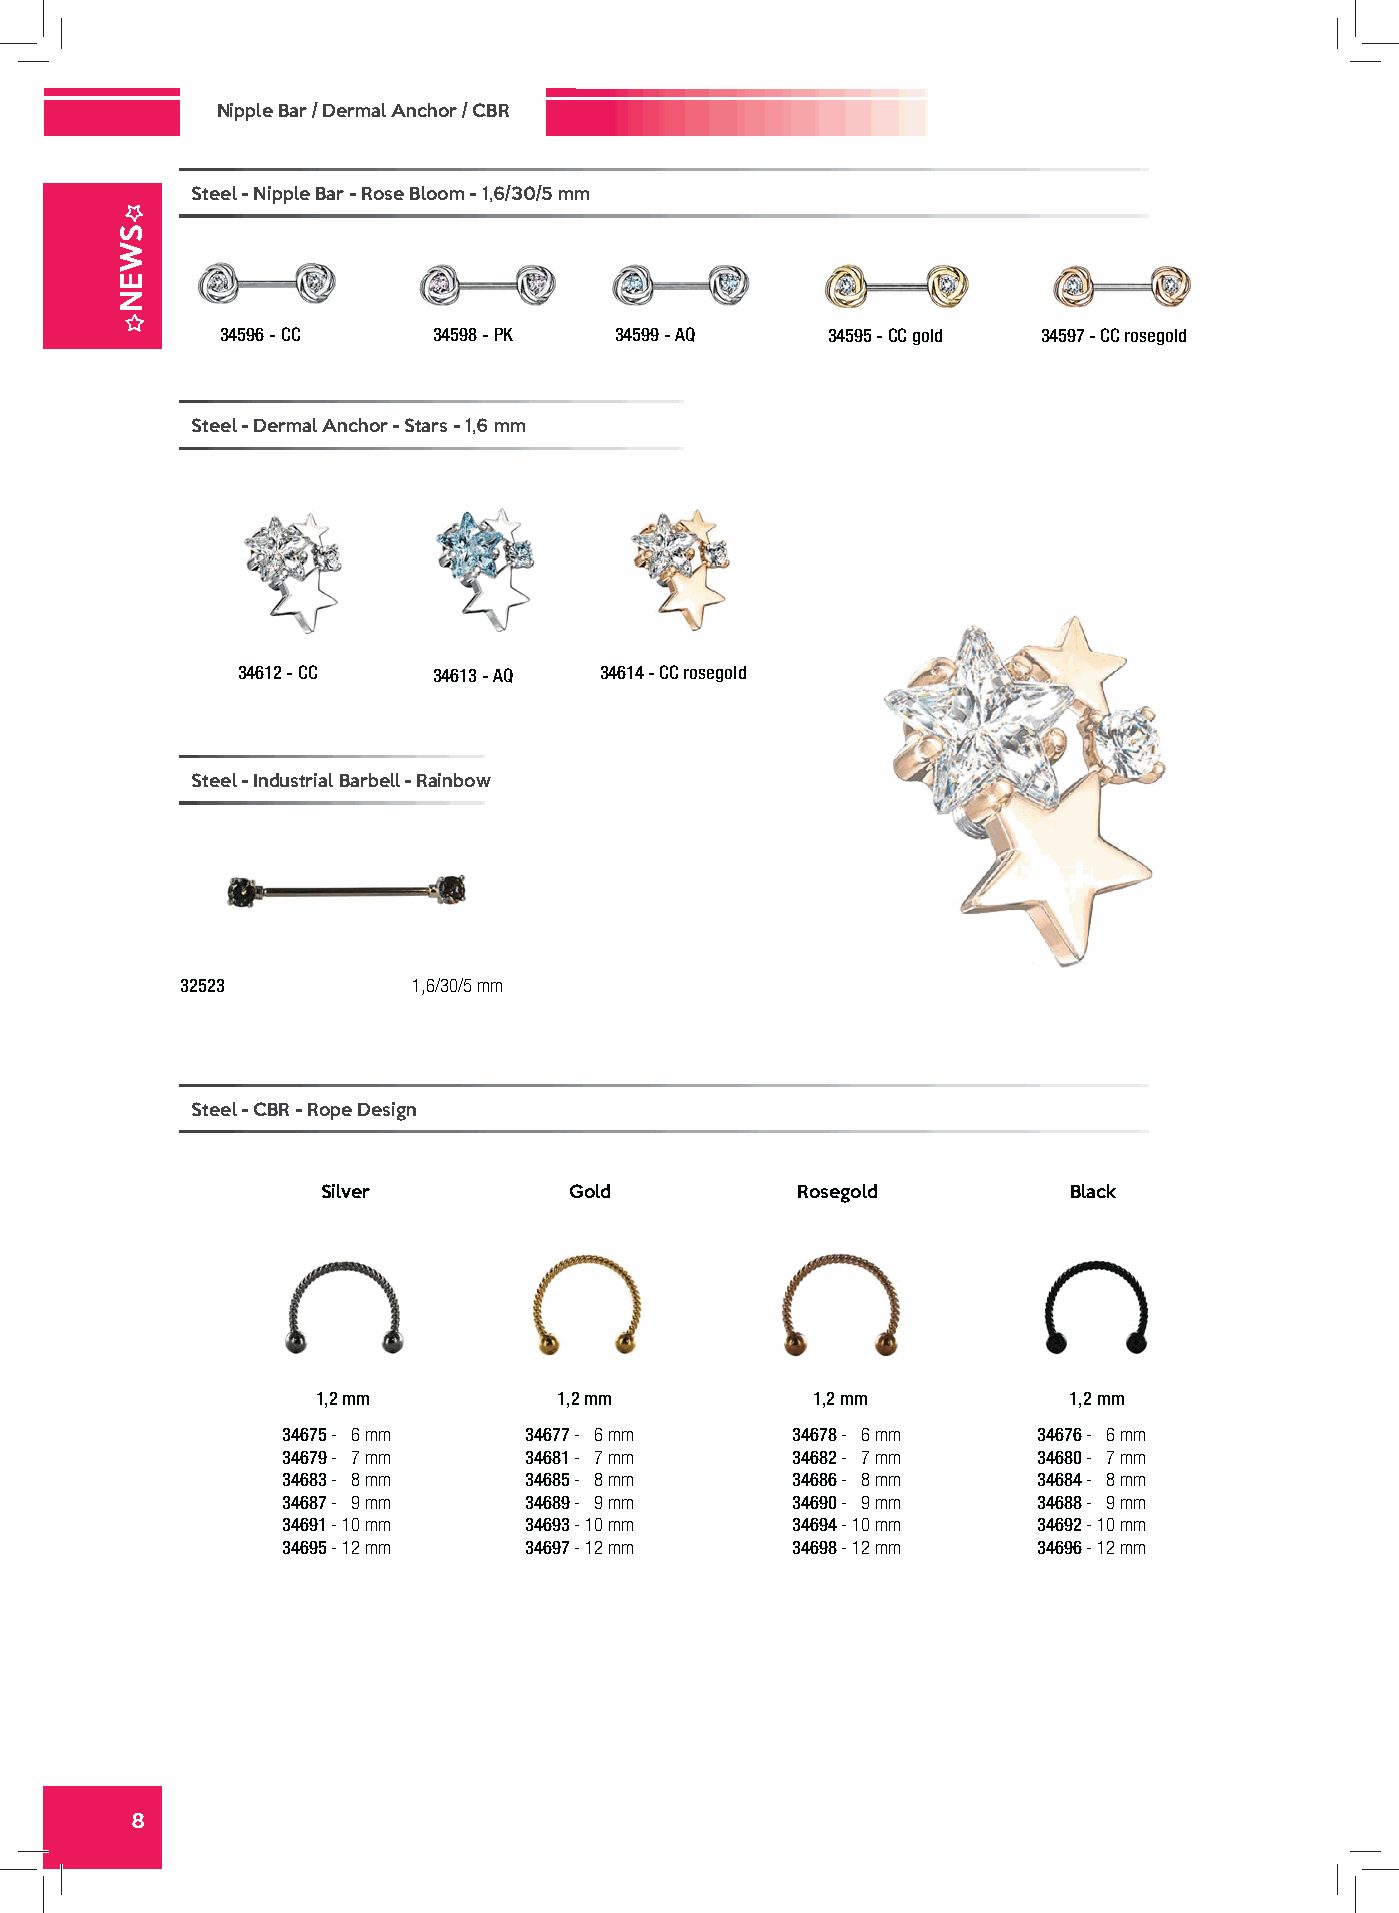
Nipple Bar / Dermal Anchor / CBR
 Steel - Nipple Bar - Rose Bloom - 1,6/30/5 mm
 34596 - CC    34598 - PK  34599 - AQ    34595 - CC gold 34597 - CC rosegold
 Steel - Dermal Anchor - Stars - 1,6 mm
 34612 - CC   34613 - AQ 34614 - CC rosegold
 Steel - Industrial Barbell - Rainbow
 32523          1,6/30/5 mm
 Steel - CBR - Rope Design
 Silver           Gold           Rosegold          Black
 1,2 mm          1,2 mm           1,2 mm           1,2 mm
 34675 - 6 mm    34677 - 6 mm     34678 - 6 mm     34676 - 6 mm
 34679 - 7 mm    34681 - 7 mm     34682 - 7 mm     34680 - 7 mm
 34683 - 8 mm    34685 - 8 mm     34686 - 8 mm     34684 - 8 mm
 34687 - 9 mm    34689 - 9 mm     34690 - 9 mm     34688 - 9 mm
 34691 - 10 mm   34693 - 10 mm    34694 - 10 mm    34692 - 10 mm
 34695 - 12 mm   34697 - 12 mm    34698 - 12 mm    34696 - 12 mm
 8
 SWEN